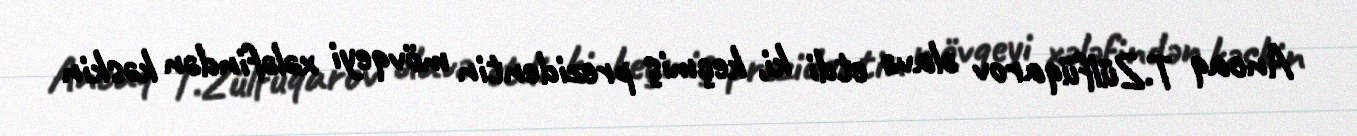
Ancaq T.Zülfüqarov əlavə etdi ki, keçmiş prezidentin mövqeyi xələfindən kəskin